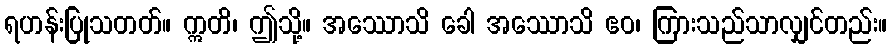
ရဟန်းပြုသတတ်။ ဣတိ၊ ဤသို့။ အဿောသိ ခေါ အဿောသိ ဧဝ၊ ကြားသည်သာလျှင်တည်း။